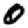
Digit: 0